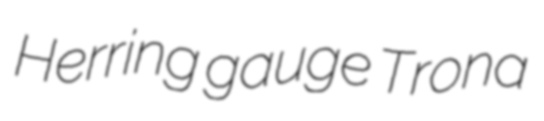
Herring gauge Trona